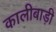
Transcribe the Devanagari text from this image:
कालीबाड़ी